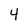
Character: 4